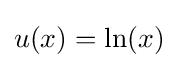
u(x)=\ln(x)